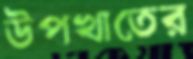
উপখাতের